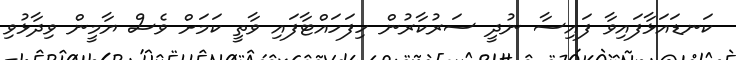
ކަނޑައަޅާފައިވާ ފައިސާ ނުދީ ސަރުކާރުން ހިފަހައްޓާފައި ވާތީ ކަމަށް ވެސް ޔާމީން ވިދާޅުވި